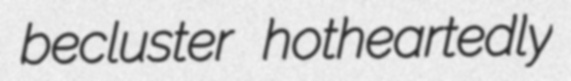
becluster hotheartedly